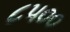
૮૫૦૦